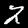
Label: 2